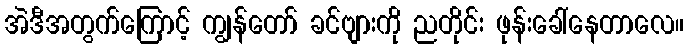
အဲဒီအတွက်ကြောင့် ကျွန်တော် ခင်ဗျားကို ညတိုင်း ဖုန်းခေါ်နေတာလေ။